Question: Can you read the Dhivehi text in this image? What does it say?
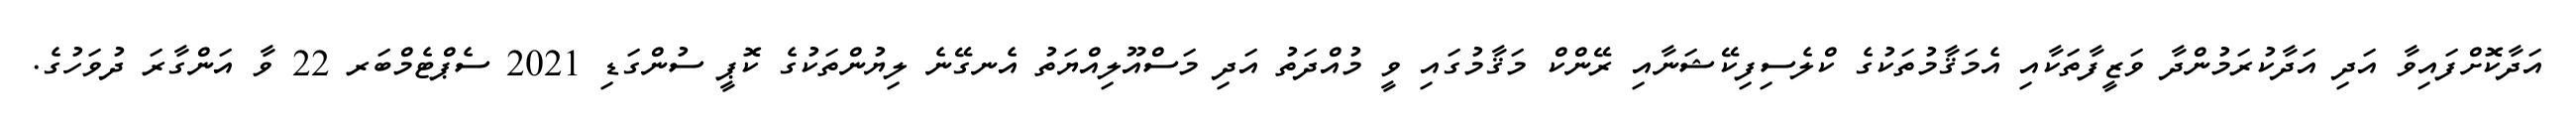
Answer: އަދާކޮށްފައިވާ އަދި އަދާކުރަމުންދާ ވަޒީފާތަކާއި އެމަޤާމުތަކުގެ ކްލެސިފިކޭޝަނާއި ރޭންކް މަޤާމުގައި ވީ މުއްދަތު އަދި މަސްއޫލިއްޔަތު އެނގޭނެ ލިޔުންތަކުގެ ކޮޕީ ސުންގަޑި 2021 ސެޕްޓެމްބަރ 22 ވާ އަންގާރަ ދުވަހުގެ.